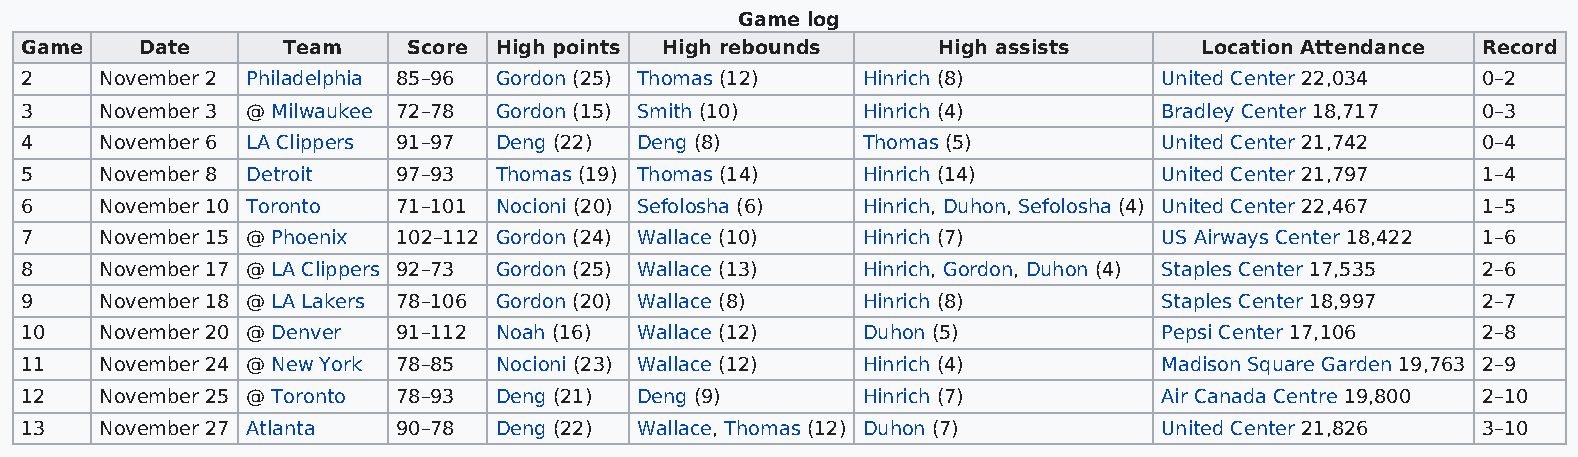
Game log
 Game    Date      Team    Score High points High rebounds    High assists     Location Attendance Record
 2     November 2 Philadelphia 85–96 Gordon (25) Thomas (12) Hinrich (8)     United Center 22,034 0–2
 3     November 3 @ Milwaukee 72–78 Gordon (15) Smith (10) Hinrich (4)       Bradley Center 18,717 0–3
 4     November 6 LA Clippers 91–97 Deng (22) Deng (8)   Thomas (5)          United Center 21,742 0–4
 5     November 8 Detroit 97–93  Thomas (19) Thomas (14) Hinrich (14)        United Center 21,797 1–4
 6     November 10 Toronto 71–101 Nocioni (20) Sefolosha (6) Hinrich, Duhon, Sefolosha (4) United Center 22,467 1–5
 7     November 15 @ Phoenix 102–112 Gordon (24) Wallace (10) Hinrich (7)    US Airways Center 18,422 1–6
 8     November 17 @ LA Clippers 92–73 Gordon (25) Wallace (13) Hinrich, Gordon, Duhon (4) Staples Center 17,535 2–6
 9     November 18 @ LA Lakers 78–106 Gordon (20) Wallace (8) Hinrich (8)    Staples Center 18,997 2–7
 10    November 20 @ Denver 91–112 Noah (16) Wallace (12) Duhon (5)          Pepsi Center 17,106  2–8
 11    November 24 @ New York 78–85 Nocioni (23) Wallace (12) Hinrich (4)    Madison Square Garden 19,763 2–9
 12    November 25 @ Toronto 78–93 Deng (21) Deng (9)    Hinrich (7)         Air Canada Centre 19,800 2–10
 13    November 27 Atlanta 90–78 Deng (22) Wallace, Thomas (12) Duhon (7)    United Center 21,826 3–10